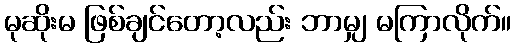
မုဆိုးမ ဖြစ်ချင်တော့လည်း ဘာမျှ မကြာလိုက်။